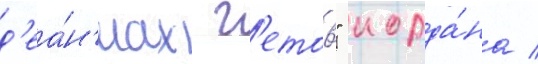
д'еа́н'иах г'етов" иорда́на /